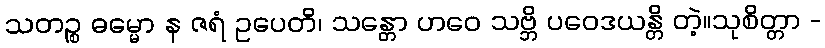
သတဉ္စ ဓမ္မော န ဇရံ ဥပေတိ၊ သန္တော ဟဝေ သဗ္ဘိ ပဝေဒယန္တိ တဲ့။သုစိတ္တာ -